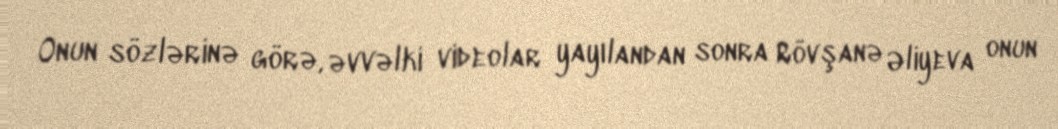
Onun sözlərinə görə, əvvəlki videolar yayılandan sonra Rövşanə Əliyeva onun